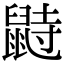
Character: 鼭